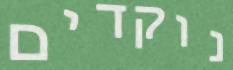
נוקדים